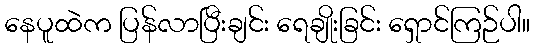
နေပူထဲက ပြန်လာပြီးချင်း ရေချိုးခြင်း ရှောင်ကြဉ်ပါ။